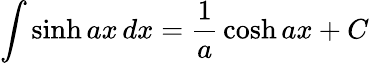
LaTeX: \int\sinh ax\, dx={\frac{1}{a}}\cosh ax+C